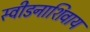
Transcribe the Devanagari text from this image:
स्वीडनाशिवाय